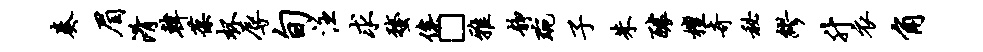
奏眉淆韩葆杯辱旬注求蝥俟□雅静琬子朱醵檀奇秘缪升衣角